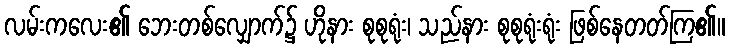
လမ်းကလေး၏ ဘေးတစ်လျှောက်၌ ဟိုနား စုစုရုံး၊ သည်နား စုစုရုံးရုံး ဖြစ်နေတတ်ကြ၏။